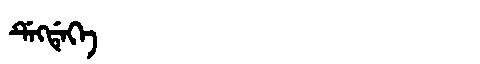
Manchu: ᡩᡝᡴᡩᡝᡴᡝ
Romanization: DEKDEKE